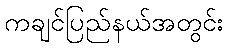
ကချင်ပြည်နယ်အတွင်း